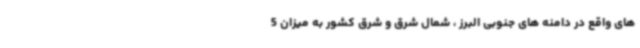
های واقع در دامنه های جنوبی البرز ، شمال شرق و شرق کشور به میزان 5